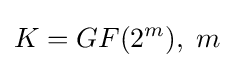
K=GF(2^{m}),\;m